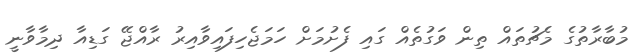
މުބާރާތުގެ މެޗުތައް ތިން ވަގުތެއް ގައި ފެށުމަށް ހަމަޖެހިފައިވާއިރު ރާއްޖޭ ގަޑިއާ ދިމާވާނީ